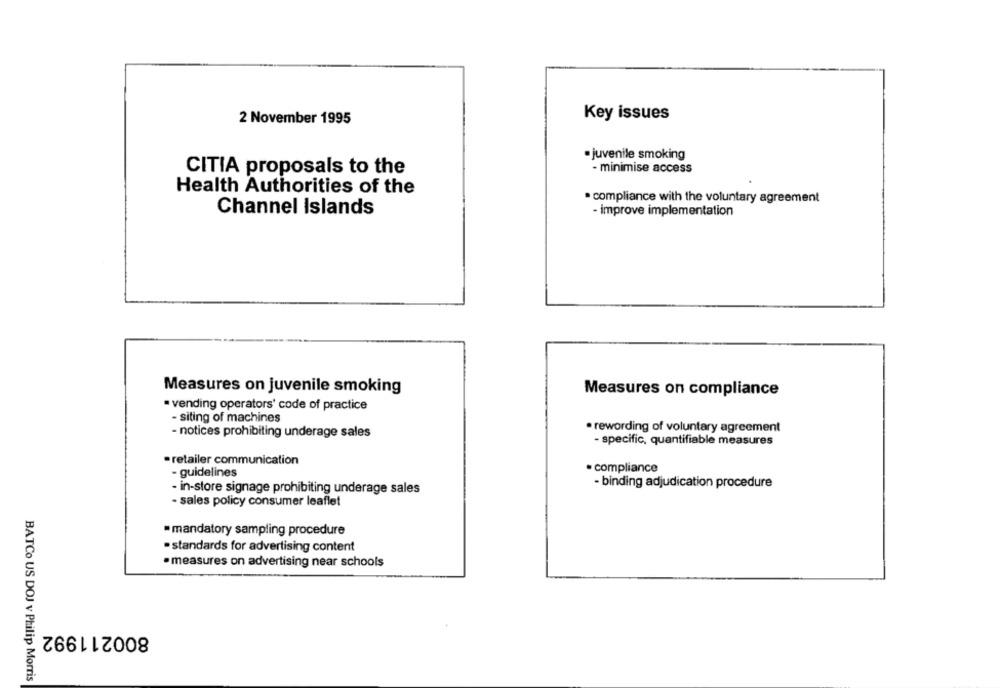
Key issues
2 November 1995
. juvenile smoking
CITIA proposals to the
- minimise access
Health Authorities of the
. compliance with the voluntary agreement
Channel Islands
- improve implementation
Measures on juvenile smoking
Measures on compliance
· vending operators' code of practice
- siting of machines
- notices prohibiting underage sales
· rewording of voluntary agreement
- specific, quantifiable measures
· retailer communication
- guidelines
· compliance
- binding adjudication procedure
- in-store signage prohibiting underage sales
- sales policy consumer leaflet
mandatory sampling procedure
· standards for advertising content
· measures on advertising near schools
800211992
BATCo US DOJ v Philip Morris